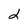
Character: 2